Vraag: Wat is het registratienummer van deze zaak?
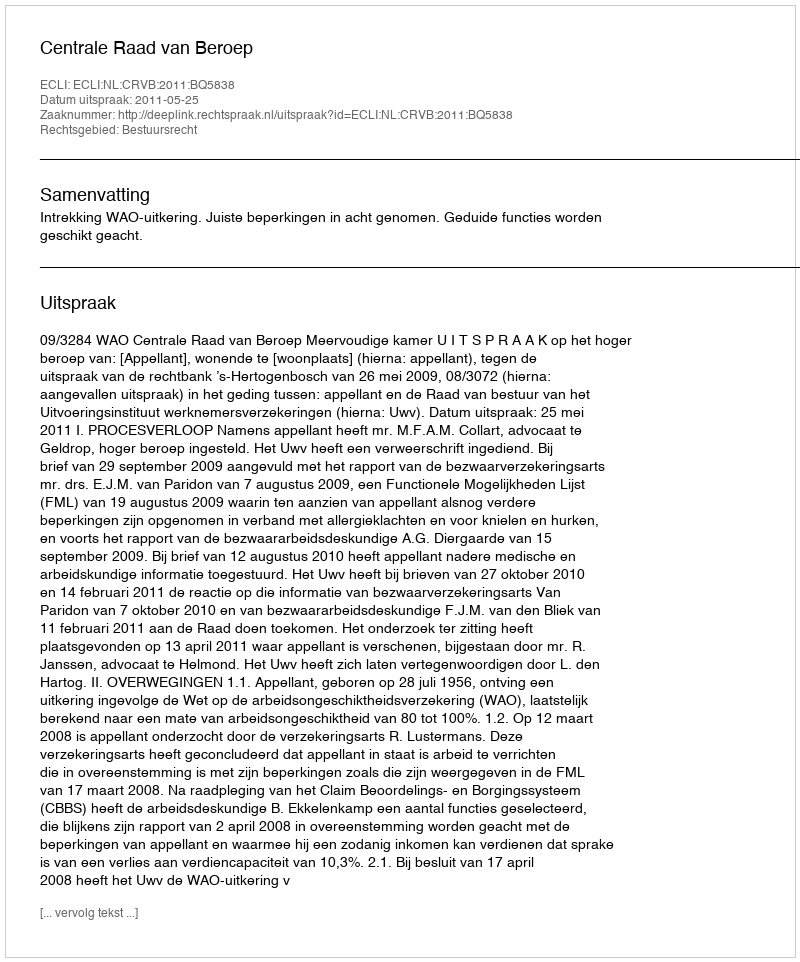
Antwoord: http://deeplink.rechtspraak.nl/uitspraak?id=ECLI:NL:CRVB:2011:BQ5838